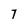
Character: 7